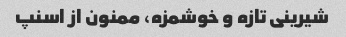
شیرینی تازه و خوشمزه، ممنون از اسنپ